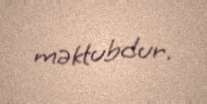
məktubdur.